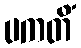
ပကတိံ